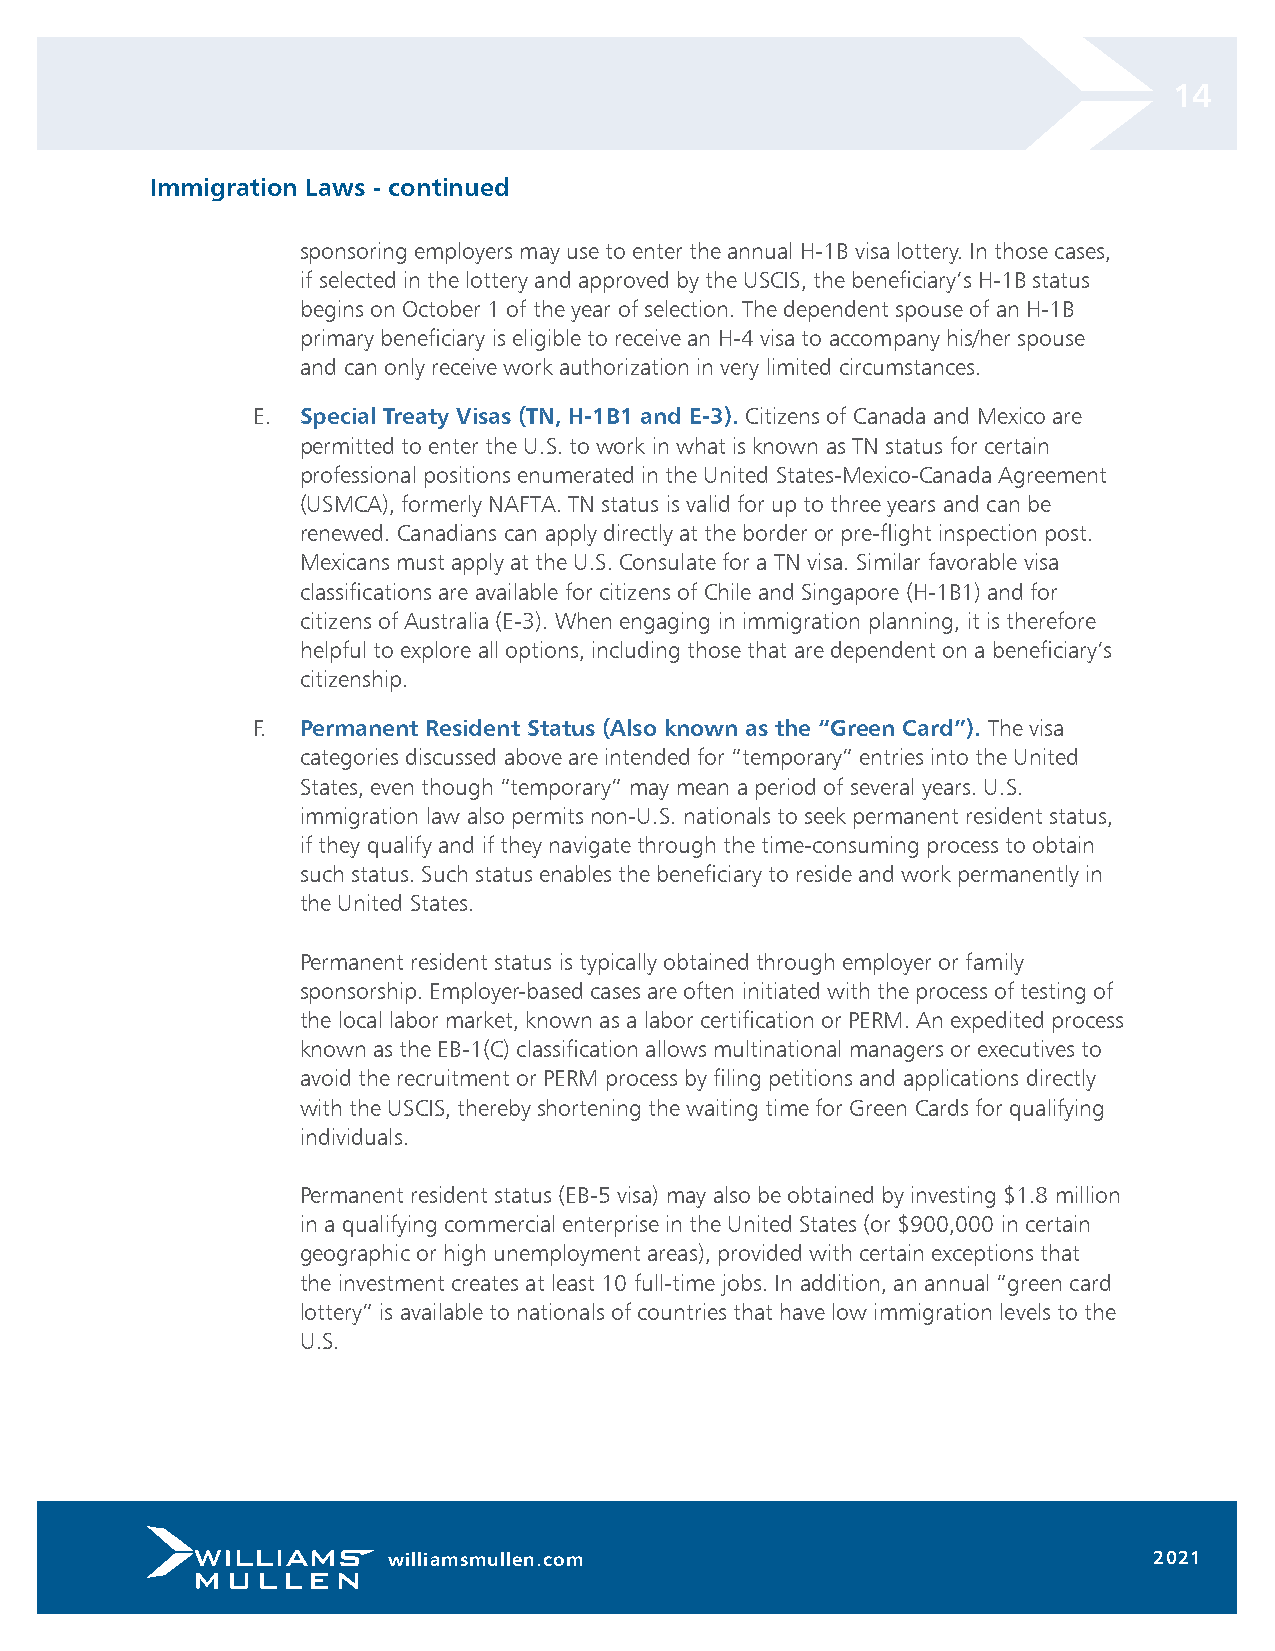
14
 Immigration Laws - continued
 sponsoring employers may use to enter the annual H-1B visa lottery. In those cases,
 if selected in the lottery and approved by the USCIS, the beneficiary’s H-1B status
 begins on October 1 of the year of selection. The dependent spouse of an H-1B
 primary beneficiary is eligible to receive an H-4 visa to accompany his/her spouse
 and can only receive work authorization in very limited circumstances.
 E. Special Treaty Visas (TN, H-1B1 and E-3). Citizens of Canada and Mexico are
 permitted to enter the U.S. to work in what is known as TN status for certain
 professional positions enumerated in the United States-Mexico-Canada Agreement
 (USMCA), formerly NAFTA. TN status is valid for up to three years and can be
 renewed. Canadians can apply directly at the border or pre-flight inspection post.
 Mexicans must apply at the U.S. Consulate for a TN visa. Similar favorable visa
 classifications are available for citizens of Chile and Singapore (H-1B1) and for
 citizens of Australia (E-3). When engaging in immigration planning, it is therefore
 helpful to explore all options, including those that are dependent on a beneficiary’s
 citizenship.
 F. Permanent Resident Status (Also known as the “Green Card”). The visa
 categories discussed above are intended for “temporary” entries into the United
 States, even though “temporary” may mean a period of several years. U.S.
 immigration law also permits non-U.S. nationals to seek permanent resident status,
 if they qualify and if they navigate through the time-consuming process to obtain
 such status. Such status enables the beneficiary to reside and work permanently in
 the United States.
 Permanent resident status is typically obtained through employer or family
 sponsorship. Employer-based cases are often initiated with the process of testing of
 the local labor market, known as a labor certification or PERM. An expedited process
 known as the EB-1(C) classification allows multinational managers or executives to
 avoid the recruitment or PERM process by filing petitions and applications directly
 with the USCIS, thereby shortening the waiting time for Green Cards for qualifying
 individuals.
 Permanent resident status (EB-5 visa) may also be obtained by investing $1.8 million
 in a qualifying commercial enterprise in the United States (or $900,000 in certain
 geographic or high unemployment areas), provided with certain exceptions that
 the investment creates at least 10 full-time jobs. In addition, an annual “green card
 lottery” is available to nationals of countries that have low immigration levels to the
 U.S.
 williamsmullen.com                                2021